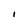
Character: i